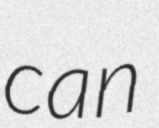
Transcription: can